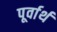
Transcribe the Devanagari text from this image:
पूर्वार्थ